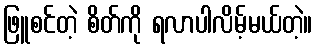
ဖြူစင်တဲ့ စိတ်ကို ရလာပါလိမ့်မယ်တဲ့။